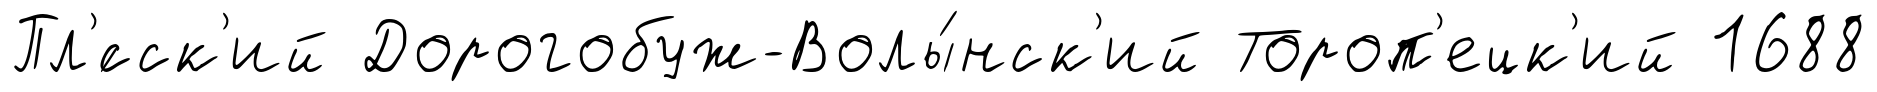
Пл'́сск'ий Дорогобуж-Волы́нск'ий Тороп'ецк'ий 1688